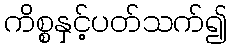
ကိစ္စနှင့်ပတ်သက်၍